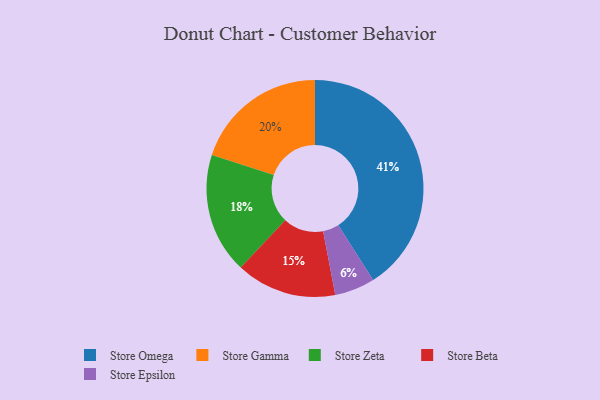
{"axis": {"x": "Category", "y": "Percentage"}, "legend": ["Store Beta", "Store Epsilon", "Store Gamma", "Store Omega", "Store Zeta"], "data": [{"x": "Store Gamma", "y": 20, "type": "Store Gamma"}, {"x": "Store Omega", "y": 41, "type": "Store Omega"}, {"x": "Store Epsilon", "y": 6, "type": "Store Epsilon"}, {"x": "Store Zeta", "y": 18, "type": "Store Zeta"}, {"x": "Store Beta", "y": 15, "type": "Store Beta"}]}